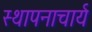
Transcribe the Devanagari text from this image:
स्थापनाचार्य